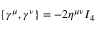
\{ \gamma ^ { \mu } , \gamma ^ { \nu } \} = - 2 \eta ^ { \mu \nu } I _ { 4 }